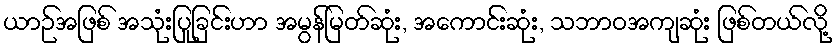
ယာဉ်အဖြစ် အသုံးပြုခြင်းဟာ အမွန်မြတ်ဆုံး, အကောင်းဆုံး, သဘာဝအကျဆုံး ဖြစ်တယ်လို့